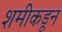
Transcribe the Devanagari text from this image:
शमीकडून